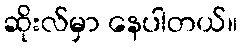
ဆိုးလ်မှာ နေပါတယ်။